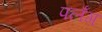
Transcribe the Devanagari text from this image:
पलँग